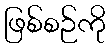
ဖြစ်စဉ်ကို